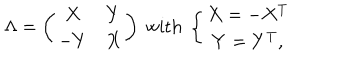
LaTeX: \Lambda = \left( \begin{array} { c c } { { X } } & { { Y } } \\ { { - Y } } & { { X } } \\ \end{array} \right) \textrm { w i t h } \left\{ \begin{array} { c } { { X = - X ^ { T } } } \\ { { Y = Y ^ { T } , } } \\ \end{array} \right.